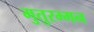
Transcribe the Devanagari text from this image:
मुतुरम्मन